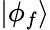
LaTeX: |\phi_{f}\rangle